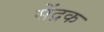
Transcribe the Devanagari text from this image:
सेंद्रक